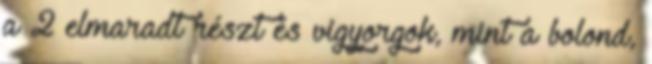
a 2 elmaradt részt és vigyorgok, mint a bolond,